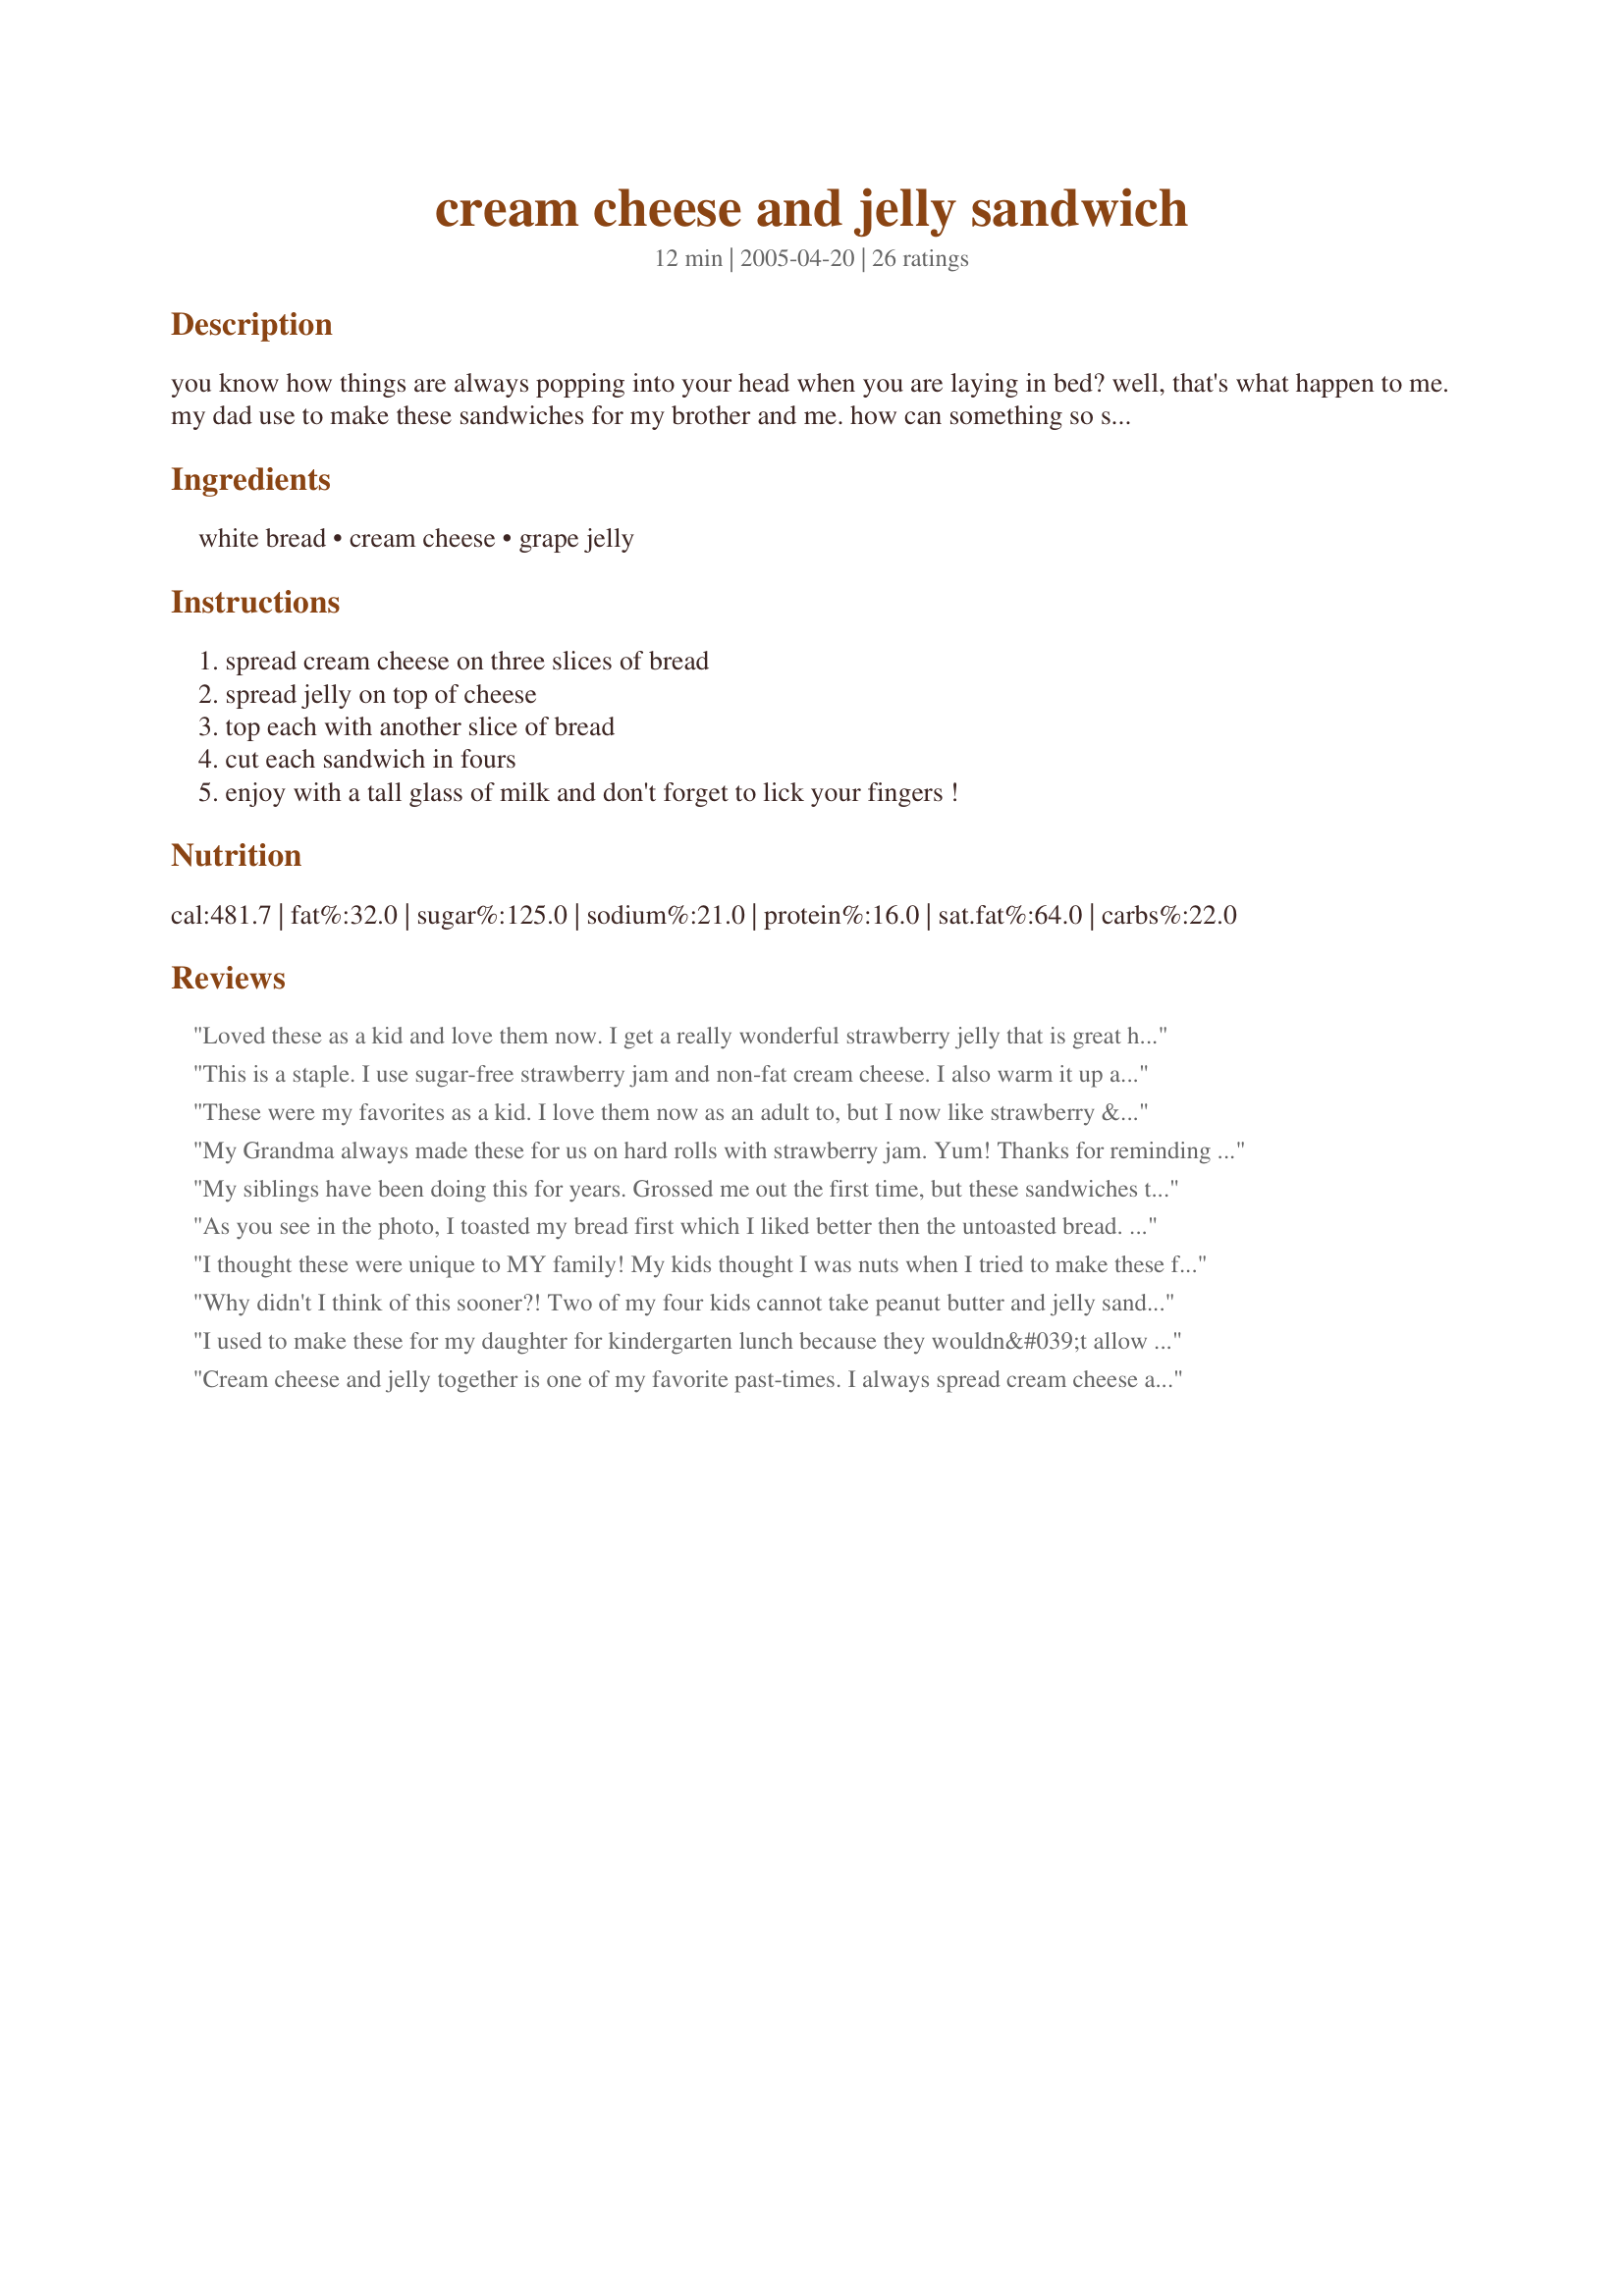
cream cheese and jelly sandwich
Preparation time: 12 minutes

you know how things are always popping into your head when you are laying in bed? well, that's what happen to me. my dad use to make these sandwiches for my brother and me. how can something so simple be so good? you decide....

Ingredients:
white bread, cream cheese, grape jelly

Steps:
spread cream cheese on three slices of bread, spread jelly on top of cheese, top each with another slice of bread, cut each sandwich in fours, enjoy with a tall glass of milk and don't forget to lick your fingers !

Reviews:
Loved these as a kid and love them now. I get a really wonderful strawberry jelly that is great here but this works with most jellies.
This is a staple. I use sugar-free strawberry jam and non-fat cream cheese. I also warm it up a bit in the microwave sometimes. Yum!
These were my favorites as a kid. I love them now as an adult to, but I now like strawberry & raspberry jams also. Its a classic, thanks for posting it.
My Grandma always made these for us on hard rolls with strawberry jam. Yum! Thanks for reminding me about this!
My siblings have been doing this for years. Grossed me out the first time, but these sandwiches taste amazing. Our household's all time fav is starwberry jam and cream cheese!!!
As you see in the photo, I toasted my bread first which I liked better then the untoasted bread. (The untoasted one was to be the default photo, but I better not ask Kathy to fix another for me as she may bar me from Zaar.)I also added two drops of milk into the cream cheese so it would spread better on the untoasted bread. In all this is a fast snack and I know my kids will like them. Happy, thank you for sharing.
I thought these were unique to MY family! My kids thought I was nuts when I tried to make these for them. I love them! Grew up with them and took them to school in my lunches!
Why didn't I think of this sooner?! Two of my four kids cannot take peanut butter and jelly sandwiches to school this year do to peanut allergies and I have been so bummed about it. Well here is my answer! I tried these out on the kiddos and they LOVED it! We tried the bread toasted and that was a hit too. Thanks for helping me think outside the box!
I used to make these for my daughter for kindergarten lunch because they wouldn&#039;t allow peanut butter.
Cream cheese and jelly together is one of my favorite past-times. I always spread cream cheese and jelly on my ritz crackers...never thought about putting it in a sandwich! With my DD being allergic to Peanuts, I thought she'd never get to enjoy a PB&J sandwich or anything of the like. Had no idea of what to substitute the PB with, but you nailed it on the head. I just made one for her and she devoured it, then asked for another one, and then another one. I cut them into shapes with my cookie cutters so the pieces were that big. This is a great sandwich for when I'm not in the mood to cook or a great Saturday afternoon playdate with the neighborhood kids. I used wheat bread, but it really felt and looked like white bread. I made myself one too, and I swear I could eat another. Thanks!
I made these all the time as a kid. love them. If you want to be really decadent try nutella instead of the jelly yum
My Mom loves this-it's not something I'm into so I rated it for her! Your recipe has reminded me to try these out on my kids. You never know until you try!
I've been eating these all my life! They are comfort food to me. Also good with strawberry jelly. One of the few sandwiches I'm always in the mood for. YUM!
Never tried it on white bread, but my dad always used to eat cream cheese and jelly on bagels when I was growing up. Never grape jelly though, some sort of berry jam usually. I acquired a taste for the combo from my dad. Thanks for reminding me of it! Might just have to make this when I make our Saturday bagel run.
I don't have to try this sandwich to know that it is delicious. I have had these for the past--more years than I can count. My mom made these for me when I was little and I made them for my kids, and grandkids, too. They all loved them. Such good flavor. My mom used to put these in my lunchbox. Now, I have added them to my cookbooks--Sandwiches and Just For Kids. I even made this sandwich for my mother a short time ago, who was then 90 years old. She said that was what she wanted for lunch and that it brought back memories---cream cheese and grape jelly. What a combination!!!! Thanks Happy Harry #2 for posting it so all can try this classic and enjoy.
If Mom had allowed it, I'd have lived on these sandwiches when I was a kid. Actually, I think I still could, they are that good. They're also wonderful made with raspberry jam. Thanks for the memories, HH!
i loved this as a kid as well. The only thing you SHOULDNT try to do with these is make them in advance--in elementary school, my cream cheese and jelly sandwich always had soggy bread by the time lunch rolled around!
I love this on toasted bagels with razberry jelly. So good when the cream cheese and jelly are warm.
This is so easy and so satisfying! I also toasted mine! Thanks!!
My mom used to make this for me for school when I was younger, and I started making and packing it for my little brother. I still love them!
i have had these as well as my kids and they are a real treat i used raspberry jam
Who doesn't love these? I perfer strawberry jelly.
As much cream cheese as I eat (almost every day!) I never thought to add jelly to it. Too bad I've missed out, cause this is really good! I toasted my bread (and used wheat bread) and tried it as a sandwich and also 'open-faced'. The first time I used grape, the second time raspberry; both were really good. Thanks Happy Harry!
What a pleasant reminder of a sandwich I used to enjoy as a kid. I haven't had one in years; that's about to change. I'll be introducing these tasty treats to my granchildren for their next lunch. Thanks, Happy Harry #2, for a wonderful reminder of foods we enjoyed in days gone by.
What a great blast from the past! I was sent off on school bus field trips with one of these an loved it! Thx. for posting!
I had this all the time last summer, my dad used to give me the weirdest looks and refused to try it, but mum agrees. thanks for posting. Miss Pixie x x x :D
